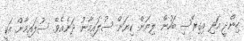
ހިންދީ އަދި އިގިރޭސި ބަހުން ލިޔަން ކިޔަން ސުލައިމާނު ދަނެއެވެ. ސުލައިމާން އަކީ